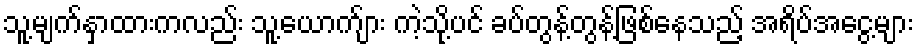
သူ့မျက်နှာထားကလည်း သူ့ယောက်ျား ကဲ့သို့ပင် ခပ်တွန့်တွန့်ဖြစ်နေသည့် အရိပ်အငွေ့များ